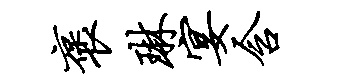
褒琳宴含